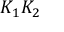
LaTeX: K _ { 1 } K _ { 2 }